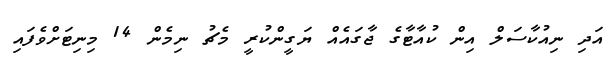
އަދި ނިއުކާސަލް އިން ކުއާޓާގެ ޖާގައެއް ޔަގީންކުރީ މެޗު ނިމެން 14 މިނިޓަށްވެފައި